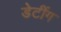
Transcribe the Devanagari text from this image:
डेटींग